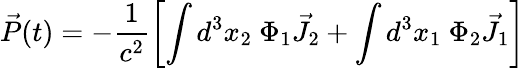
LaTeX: \vec{P}(t)=-\frac{1}{c^{2}}\left[\int d^{3}x_{2}~\Phi_{1}\vec{J}_{2}+\int d^{3}x_{1}~\Phi_{2}\vec{J}_{1}\right]